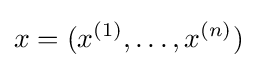
x=(x^{(1)},\dots ,x^{(n)})